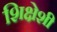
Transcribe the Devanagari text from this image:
शिक्षेशी